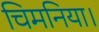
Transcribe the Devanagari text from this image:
चिमनिया।